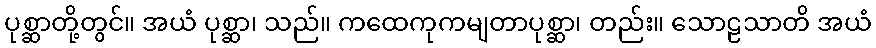
ပုစ္ဆာတို့တွင်။ အယံ ပုစ္ဆာ၊ သည်။ ကထေကုကမျတာပုစ္ဆာ၊ တည်း။ သောဠသာတိ အယံ